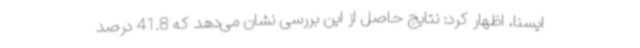
ایسنا، اظهار کرد: نتایج حاصل از این بررسی نشان می‌دهد که 41.8 درصد